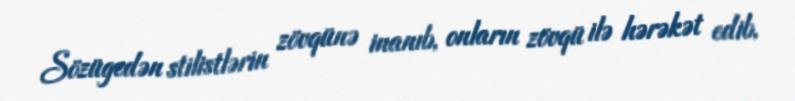
Sözügedən stilistlərin zövqünə inanıb, onların zövqü ilə hərəkət edib,